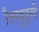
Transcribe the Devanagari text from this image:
रैतरहुडुगी